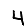
Digit: 4